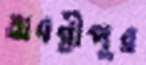
অবন্তীপুর